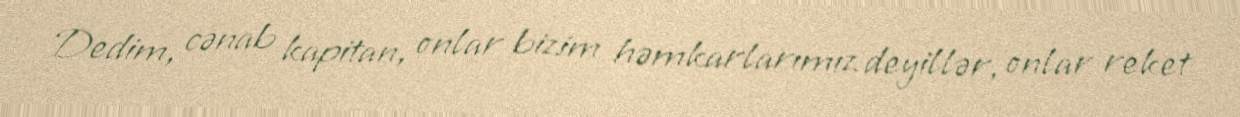
Dedim, cənab kapitan, onlar bizim həmkarlarımız deyillər, onlar reket